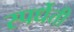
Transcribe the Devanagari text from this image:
स्पर्धेती